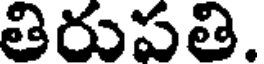
తిరుపతి.